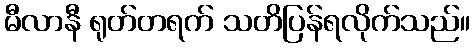
မီလာနီ ရုတ်တရက် သတိပြန်ရလိုက်သည်။